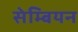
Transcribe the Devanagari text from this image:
सेम्बियन